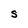
Character: S